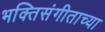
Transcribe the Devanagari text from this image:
भक्तिसंगीताच्या